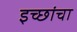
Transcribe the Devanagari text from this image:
इच्छांचा